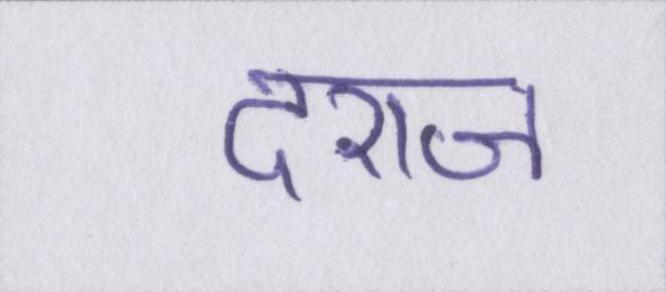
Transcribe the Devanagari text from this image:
दराज